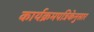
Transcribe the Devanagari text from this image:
कार्यक्रमपत्रिकेनुसार